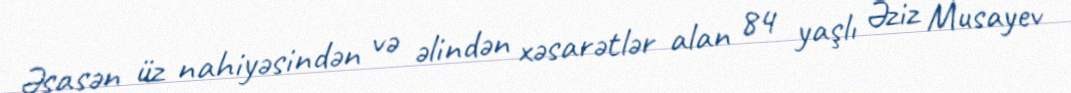
Əsasən üz nahiyəsindən və əlindən xəsarətlər alan 84 yaşlı Əziz Musayev